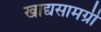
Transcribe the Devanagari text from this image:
खाद्यसामग्री